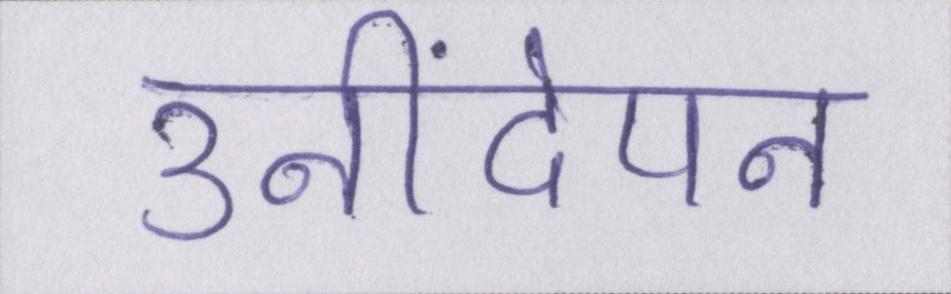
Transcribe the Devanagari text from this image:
उनींदेपन